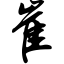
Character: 崔